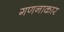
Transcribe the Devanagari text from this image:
गणनाकार